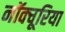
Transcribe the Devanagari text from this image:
नॉक्चूरिया